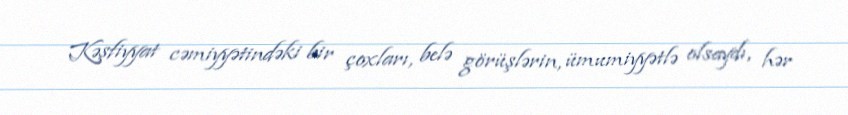
Kəşfiyyat cəmiyyətindəki bir çoxları, belə görüşlərin, ümumiyyətlə olsaydı, hər